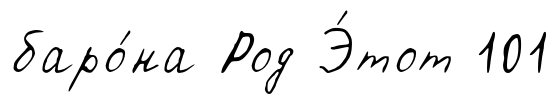
баро́на Род Э́тот 101